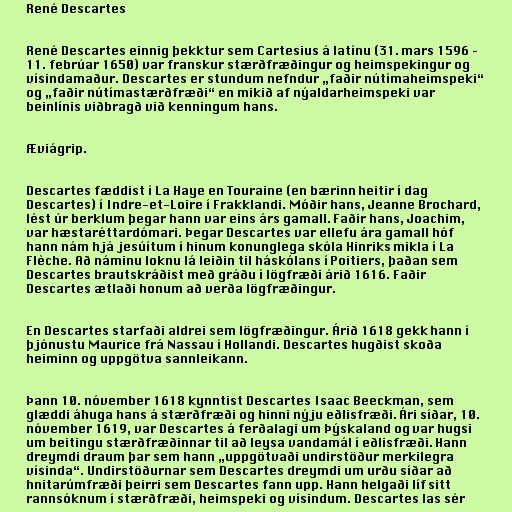
René Descartes

René Descartes einnig þekktur sem Cartesius á latínu (31. mars 1596 –
11. febrúar 1650) var franskur stærðfræðingur og heimspekingur og
vísindamaður. Descartes er stundum nefndur „faðir nútímaheimspeki“
og „faðir nútímastærðfræði“ en mikið af nýaldarheimspeki var
beinlínis viðbragð við kenningum hans.

Æviágrip.

Descartes fæddist í La Haye en Touraine (en bærinn heitir í dag
Descartes) í Indre-et-Loire í Frakklandi. Móðir hans, Jeanne Brochard,
lést úr berklum þegar hann var eins árs gamall. Faðir hans, Joachim,
var hæstaréttardómari. Þegar Descartes var ellefu ára gamall hóf
hann nám hjá jesúítum í hinum konunglega skóla Hinriks mikla í La
Flèche. Að náminu loknu lá leiðin til háskólans í Poitiers, þaðan sem
Descartes brautskráðist með gráðu í lögfræði árið 1616. Faðir
Descartes ætlaði honum að verða lögfræðingur.

En Descartes starfaði aldrei sem lögfræðingur. Árið 1618 gekk hann í
þjónustu Maurice frá Nassau í Hollandi. Descartes hugðist skoða
heiminn og uppgötva sannleikann.

Þann 10. nóvember 1618 kynntist Descartes Isaac Beeckman, sem
glæddi áhuga hans á stærðfræði og hinni nýju eðlisfræði. Ári síðar, 10.
nóvember 1619, var Descartes á ferðalagi um Þýskaland og var hugsi
um beitingu stærðfræðinnar til að leysa vandamál í eðlisfræði. Hann
dreymdi draum þar sem hann „uppgötvaði undirstöður merkilegra
vísinda“. Undirstöðurnar sem Descartes dreymdi um urðu síðar að
hnitarúmfræði þeirri sem Descartes fann upp. Hann helgaði líf sitt
rannsóknum í stærðfræði, heimspeki og vísindum. Descartes las sér